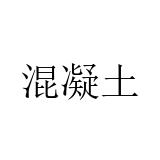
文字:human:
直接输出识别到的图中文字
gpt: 混凝土